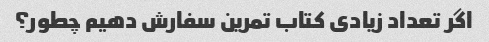
اگر تعداد زیادی کتاب تمرین سفارش دهیم چطور؟